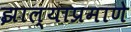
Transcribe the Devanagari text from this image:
झाल्याप्रमाणे